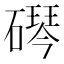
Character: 𬒠